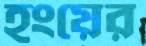
হংয়ের